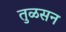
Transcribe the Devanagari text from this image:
तुळसन